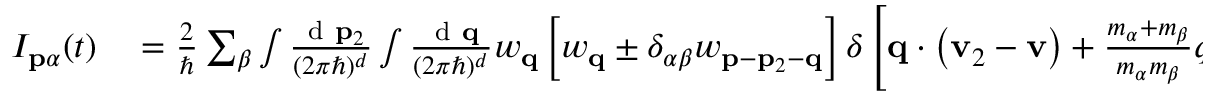
\begin{array} { r l } { I _ { \mathbf { p } \alpha } ( t ) } & { { } = \frac { 2 } { \hbar } \sum _ { \beta } \int \frac { \mathrm { ~ d ~ } \mathbf { p } _ { 2 } } { ( 2 \pi \hbar ) ^ { d } } \int \frac { \mathrm { ~ d ~ } \mathbf { q } } { ( 2 \pi \hbar ) ^ { d } } w _ { \mathbf { q } } \left[ w _ { \mathbf { q } } \pm \delta _ { \alpha \beta } w _ { \mathbf { p } - \mathbf { p } _ { 2 } - \mathbf { q } } \right] \delta \left[ \mathbf { q } \cdot \left( \mathbf { v } _ { 2 } - \mathbf { v } \right) + \frac { m _ { \alpha } + m _ { \beta } } { m _ { \alpha } m _ { \beta } } q ^ { 2 } \right] } \end{array}